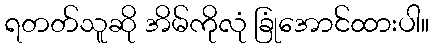
ရတတ်သူဆို အိမ်ကိုလုံ ခြုံအောင်ထားပါ။